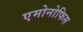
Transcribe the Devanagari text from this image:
एमोनोफिस